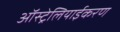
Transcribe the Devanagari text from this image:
ऑस्ट्रेलियाईकरण